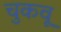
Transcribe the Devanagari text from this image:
चुकवू